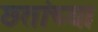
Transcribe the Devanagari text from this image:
छतांच्या